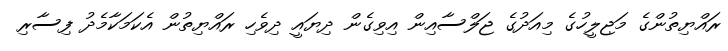
ރައްޔިތުންގެ މަޖިލީހުގެ މިއަދުގެ ޖަލްސާއިން އިވިގެން ދިޔައީ ދިވެހި ރައްޔިތުން އެކަމަކާމެދު ފިސާރި